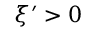
\xi ^ { \prime } > 0